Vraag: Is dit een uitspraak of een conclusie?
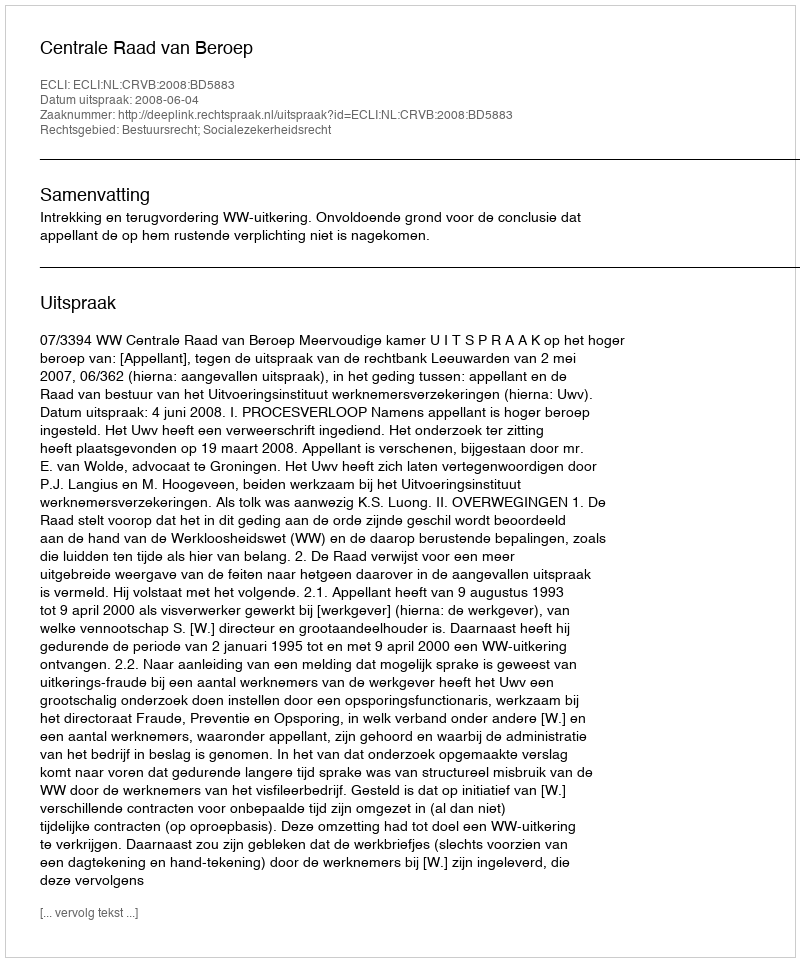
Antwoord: Uitspraak